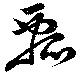
瓢